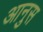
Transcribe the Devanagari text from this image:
आनुस